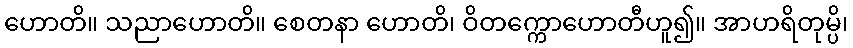
ဟောတိ။ သညာဟောတိ။ စေတနာ ဟောတိ၊ ဝိတက္ကောဟောတီဟူ၍။ အာဟရိတုမ္ပိ၊